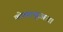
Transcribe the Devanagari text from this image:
कोल्हापूरआता